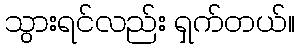
သွားရင်လည်း ရှက်တယ်။